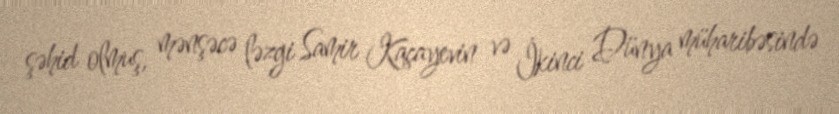
şəhid olmuş, mənşəcə ləzgi Samir Kaçayevin və İkinci Dünya müharibəsində